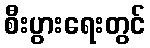
စီးပွားရေးတွင်